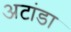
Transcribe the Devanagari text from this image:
अटांडा